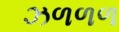
ઝળળળ